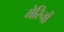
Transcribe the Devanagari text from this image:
मेरिनों